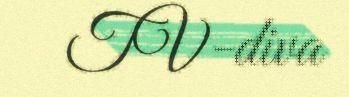
TV-diva